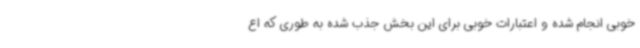
خوبی انجام شده و اعتبارات خوبی برای این بخش جذب شده به طوری که اع